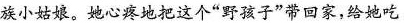
族小姑娘。她心疼地把这个”野孩子”带回家，给她吃